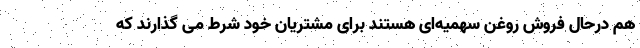
هم درحال فروش روغن سهمیه‌ای هستند برای مشتریان خود شرط می گذارند که